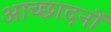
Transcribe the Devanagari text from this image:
आच्छादनों